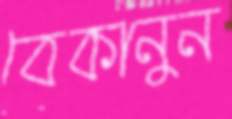
বেকানুন